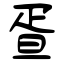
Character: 疍